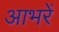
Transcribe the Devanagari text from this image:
आभरें